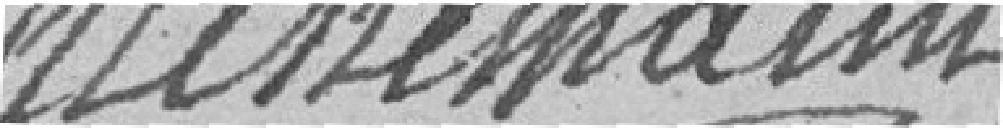
hutzemann